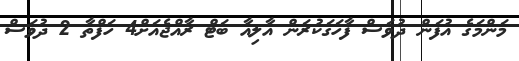
މަންމަގެ އުފަން ދުވަސް ފާހަގަކުރަން އާލިއާ ބަޓް ރާއްޖެއަށް4 ހަފްތާ 2 ދުވަސް